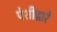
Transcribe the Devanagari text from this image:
पेशीद्वारे